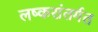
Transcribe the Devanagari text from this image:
लष्करांतर्गत